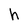
Character: h